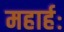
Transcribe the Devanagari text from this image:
महार्हः